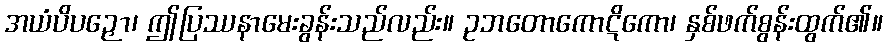
အယံပိပဉှော၊ ဤပြဿနာမေးခွန်းသည်လည်း။ ဥဘတောကောဋိကော၊ နှစ်ဖက်စွန်းထွက်၏။